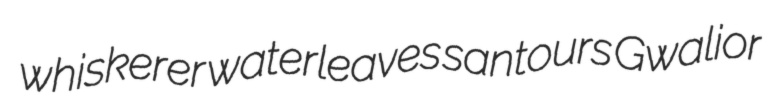
whiskerer waterleaves santours Gwalior